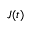
J ( t )